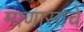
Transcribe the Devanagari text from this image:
माणासाचे